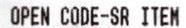
OPEN CODE-SR ITEM